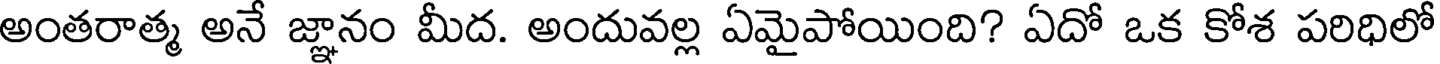
అంతరాత్మ అనే జ్ఞానం మీద. అందువల్ల ఏమైపోయింది? ఏదో ఒక కోశ పరిధిలో